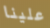
علينا